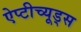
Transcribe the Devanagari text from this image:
ऐप्टीच्यूड्स